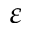
{ \varepsilon }